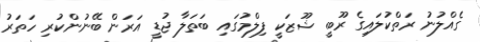
ގެއްލުނު ރަތްކުލައިގެ ރޫބީ ޝޫޒަކީ ފިލްމުގައި ބަތަލާ ޖުޑީ އަރަން ބޭނުންކުރި ހަތަރު